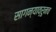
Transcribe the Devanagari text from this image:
सागन्याव्रुनच